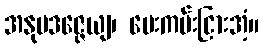
အနုပဒဇ္ဇေယျ၊ ပေးကမ်းငြားအံ့။